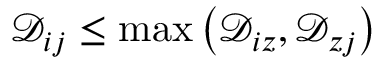
\mathcal { D } _ { i j } \leq \operatorname* { m a x } \left( \mathcal { D } _ { i z } , \mathcal { D } _ { z j } \right)